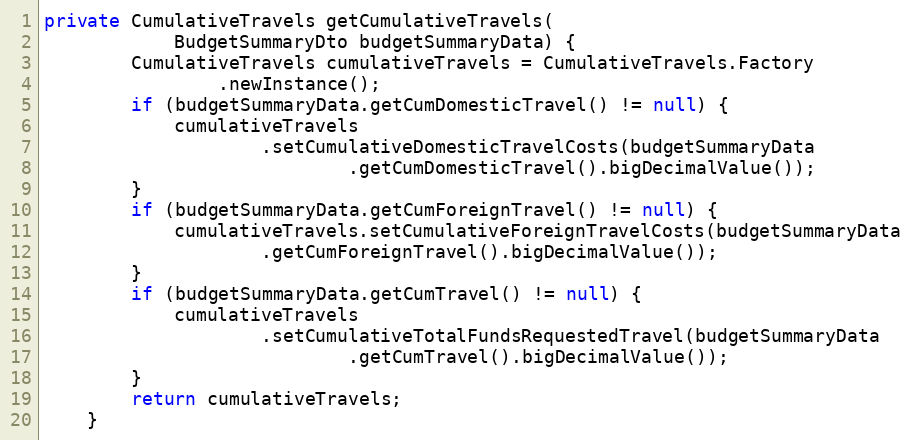
Language: Java
private CumulativeTravels getCumulativeTravels(
			BudgetSummaryDto budgetSummaryData) {
		CumulativeTravels cumulativeTravels = CumulativeTravels.Factory
				.newInstance();
		if (budgetSummaryData.getCumDomesticTravel() != null) {
			cumulativeTravels
					.setCumulativeDomesticTravelCosts(budgetSummaryData
							.getCumDomesticTravel().bigDecimalValue());
		}
		if (budgetSummaryData.getCumForeignTravel() != null) {
			cumulativeTravels.setCumulativeForeignTravelCosts(budgetSummaryData
					.getCumForeignTravel().bigDecimalValue());
		}
		if (budgetSummaryData.getCumTravel() != null) {
			cumulativeTravels
					.setCumulativeTotalFundsRequestedTravel(budgetSummaryData
							.getCumTravel().bigDecimalValue());
		}
		return cumulativeTravels;
	}